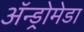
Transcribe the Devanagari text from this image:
अॅन्ड्रोमेडा